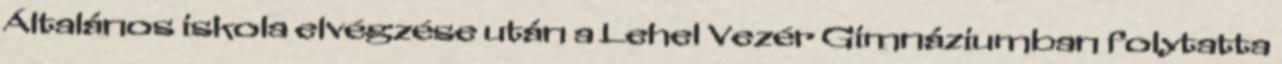
Általános iskola elvégzése után a Lehel Vezér Gimnáziumban folytatta